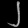
Digit: ၂